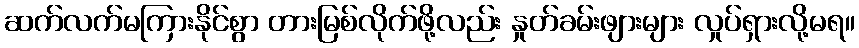
ဆက်လက်မကြားနိုင်စွာ တားမြစ်လိုက်ဖို့လည်း နှုတ်ခမ်းဖျားများ လှုပ်ရှားလို့မရ။